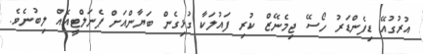
އުރުގުއޭ ޑިފެންޑަރު ހޯސޭ ޖިމެނޭޒް ކުރި ފައުލަކާ ގުޅިގެން ބަޔާންއަށް ޕެނަލްޓީއެއް ލިބުނެވެ.